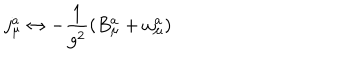
j _ { \mu } ^ { a } \leftrightarrow - \frac { 1 } { g ^ { 2 } } ( B _ { \mu } ^ { a } + \omega _ { \mu } ^ { a } )